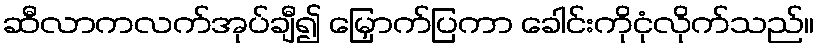
ဆီလာကလက်အုပ်ချီ၍ မြှောက်ပြကာ ခေါင်းကိုငုံလိုက်သည်။